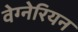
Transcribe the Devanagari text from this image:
वेग्नेरियन